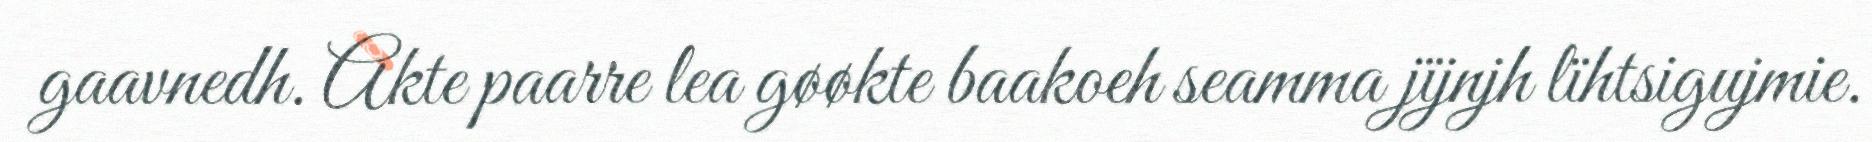
gaavnedh. Akte paarre lea gøøkte baakoeh seamma jïjnjh lïhtsigujmie.